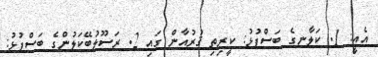
އެއީ: 1. ކަލާނގެ ބަސްފުޅު: ކީރިތި ޤުރުއާން ގައި 2. ރަސޫލުބޭކަލުންގެ ބަސްފުޅު: